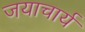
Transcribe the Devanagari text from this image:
जयाचार्य